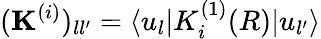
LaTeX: (\mathbf{K}^{(i)})_{ll^{\prime}}=\langle u_{l}|K_{i}^{(1)}(R)|u_{l^{\prime}}\rangle